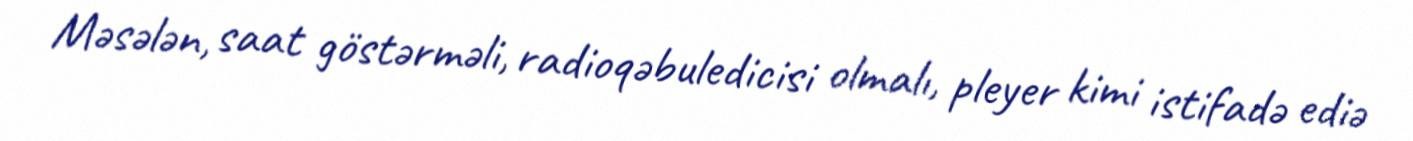
Məsələn, saat göstərməli, radioqəbuledicisi olmalı, pleyer kimi istifadə ediə